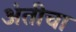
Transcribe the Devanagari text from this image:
अंतीचा